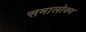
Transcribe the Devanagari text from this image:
समालोक्य